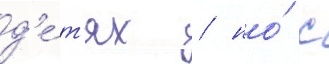
д'е́т'ях / но́ с